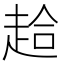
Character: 䞩